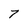
Character: 7